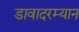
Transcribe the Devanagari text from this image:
डावादरम्यान